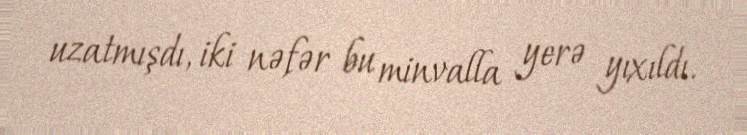
uzatmışdı, iki nəfər bu minvalla yerə yıxıldı.